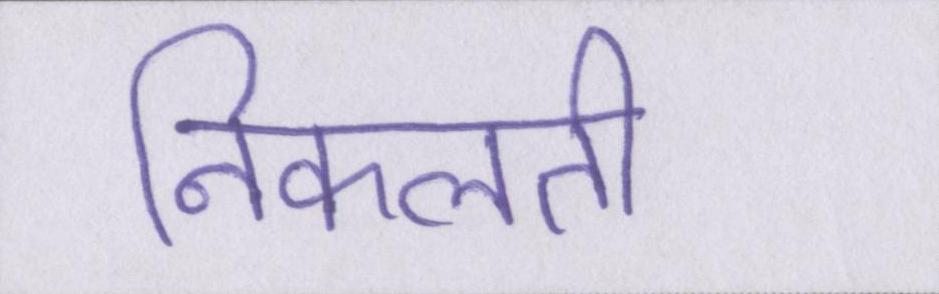
निकलती